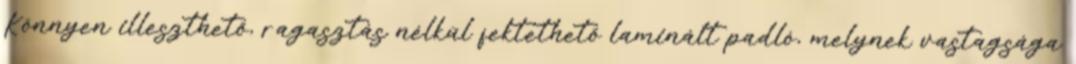
Könnyen illeszthető, ragasztás nélkül fektethető laminált padló, melynek vastagsága